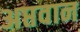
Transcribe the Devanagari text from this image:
अप्तवान